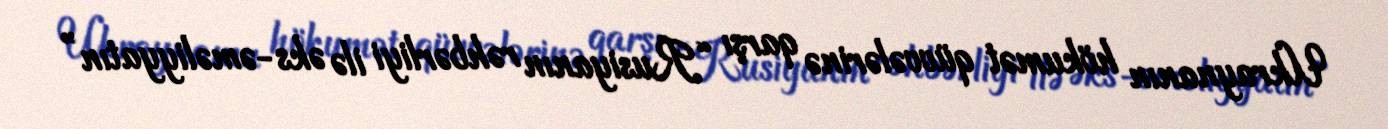
Ukraynanın hökumət qüvvələrinə qarşı “Rusiyanın rəhbərliyi ilə əks-əməliyyatın”